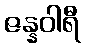
ဇန္နဝါရီ